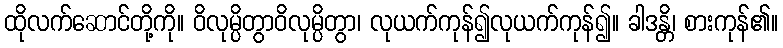
ထိုလက်ဆောင်တို့ကို။ ဝိလုမ္ပိတွာဝိလုမ္ပိတွာ၊ လုယက်ကုန်၍လုယက်ကုန်၍။ ခါဒန္တိ၊ စားကုန်၏။